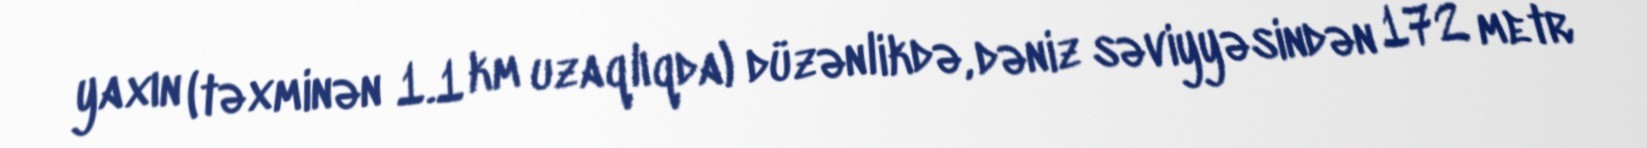
yaxın (təxminən 1.1 km uzaqlıqda) düzənlikdə, dəniz səviyyəsindən 172 metr